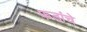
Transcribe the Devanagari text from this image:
फडांचे